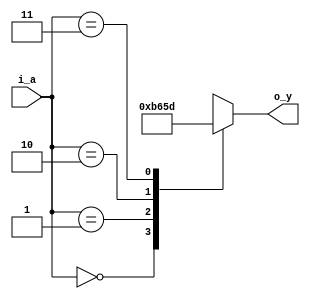
module decoder_2x4_case (
    input   wire    [1:0]   i_a,
    output  reg     [3:0]   o_y
);

always @(i_a)
begin
    case (i_a)
        2'b00 :
            o_y = 4'b1011;
        2'b01 :
            o_y = 4'b0110;
        2'b10 :
            o_y = 4'b0101;
        2'b11 :
            o_y = 4'b1101;
    endcase 
end

endmodule